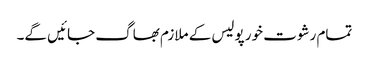
تمام رشوت خور پولیس کے ملازم بھاگ جائیں گے۔